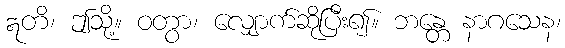
ဣတိ၊ ဤသို့။ ဝတွာ၊ လျှောက်ဆိုပြီး၍။ ဘန္တေ နာဂသေန၊